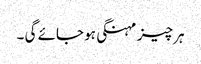
ہر چیز مہنگی ہو جائے گی ۔